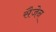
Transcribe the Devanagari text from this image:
सैजेन